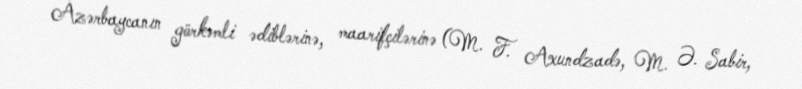
Azərbaycanın görkəmli ədiblərinə, maarifçilərinə (M. F. Axundzadə, M. Ə. Sabir,